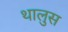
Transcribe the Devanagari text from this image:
थालुस